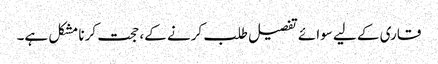
قاری کے لیے سوائے تفصیل طلب کرنے کے، حجت کرنا مشکل ہے۔